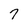
Character: 7